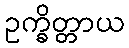
ဥက္ခိတ္တာယ